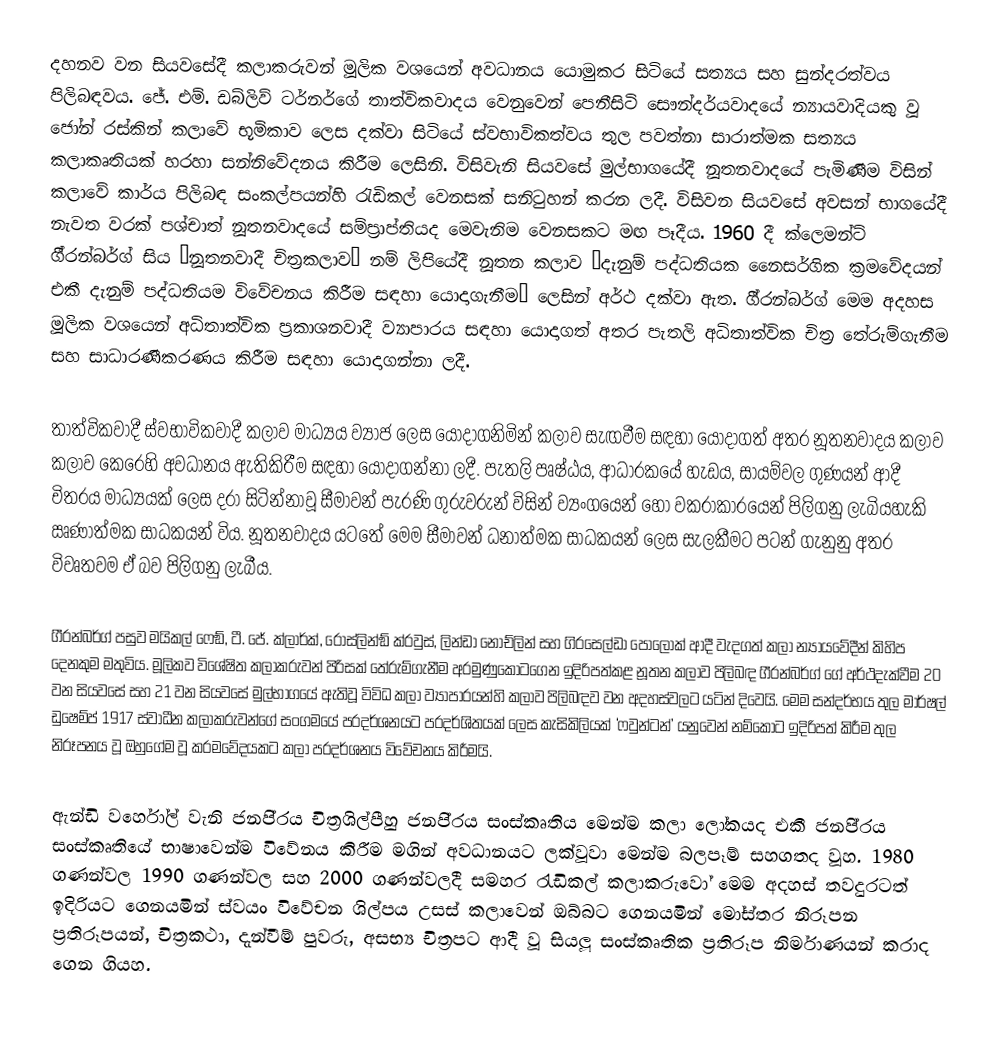
දහනව වන සියවසේදී කලාකරුවන් මූලික වශයෙන් අවධානය යොමුකර සිටියේ සත්‍යය සහ සුන්දරත්වය පිලිබඳවය. ජේ. එම්. ඩබ්ලිව් ටර්නර්ගේ තාත්විකවාදය වෙනුවෙන් පෙනීසිටි සෞන්දර්යවාදයේ න්‍යායවාදියකු වූ ජෝන් රස්කින් කලාවේ භූමිකාව ලෙස දක්වා සිටියේ ස්වභාවිකත්වය තුල පවත්නා සාරාත්මක සත්‍යය කලාකෘතියක් හරහා සන්නිවේදනය කිරීම ලෙසිනි. විසිවැනි සියවසේ මුල්භාගයේදී නූතනවාදයේ පැමිණීම විසින් කලාවේ කාර්ය පිලිබඳ සංකල්පයන්හි රැඩිකල් වෙනසක් සනිටුහන් කරන ලදී. විසිවන සියවසේ අවසන් භාගයේදී නැවත වරක් පශ්චාත් නූතනවාදයේ සම්ප‍්‍රාප්තියද මෙවැනිම වෙනසකට මඟ පෑදීය. 1960 දී ක්ලෙමන්ට් ගී‍්‍රන්බර්ග් සිය ‘නූතනවාදී චිත‍්‍රකලාව’ නම් ලිපියේදී නූතන කලාව ‘දැනුම් පද්ධතියක නෛසර්ගික ක‍්‍රමවේදයන් එකී දැනුම් පද්ධතියම විවේචනය කිරීම සඳහා යොදාගැනීම’ ලෙසින් අර්ථ දක්වා ඇත. ගී‍්‍රන්බර්ග් මෙම අදහස මූලික වශයෙන් අධිතාත්වික ප‍්‍රකාශනවාදී ව්‍යාපාරය සඳහා යොදාගත් අතර පැතලි අධිතාත්වික චිත‍්‍ර තේරුම්ගැනීම සහ සාධාරණීකරණය කිරීම සඳහා යොදාගන්නා ලදී.

තාත්විකවාදී ස්වභාවිකවාදී කලාව මාධ්‍යය ව්‍යාජ ලෙස යොදාගනිමින් කලාව සැඟවීම සඳහා යොදාගත් අතර නූතනවාදය කලාව කලාව කෙරෙහි අවධානය ඇතිකිරීම සඳහා යොදාගන්නා ලදී. පැතලි පෘෂ්ඨය, ආධාරකයේ හැඩය, සායම්වල ගුණයන් ආදී චිත‍්‍රය මාධ්‍යයක් ලෙස දරා සිටින්නාවූ සීමාවන් පැරණි ගුරුවරුන් විසින් ව්‍යංගයෙන් හෝ වක‍්‍රාකාරයෙන් පිලිගනු ලැබියහැකි ඍණාත්මක සාධකයන් විය. නූතනවාදය යටතේ මෙම සීමාවන් ධනාත්මක සාධකයන් ලෙස සැලකීමට පටන් ගැනුනු අතර විවෘතවම ඒ බව පිලිගනු ලැබීය.

ගී‍්‍රන්බර්ග් පසුව මයිකල් ෆෙඞ්, ටී. ජේ. ක්ලාර්ක්, රොස්ලින්ඞ් ක්රවුස්, ලින්ඩා නොච්ලින් සහ ගි‍්‍රසෙල්ඩා පොලොක් ආදී වැදගත් කලා න්‍යායවේදීන් කිහිප දෙනකුම මතුවිය. මූලිකව විශේෂිත කලාකරුවන් පිරිසක් තේරුම්ගැනීම අරමුණුකොටගෙන ඉදිරිපත්කළ නූතන කලාව පිලිබඳ ගී‍්‍රන්බර්ග් ගේ අර්ථදැක්වීම 20 වන සියවසේ සහ 21 වන සියවසේ මුල්භාගයේ ඇතිවූ විවිධ කලා ව්‍යාපාරයන්හි කලාව පිලිබඳව වන අදහස්වලට යටින් දිවෙයි. මෙම සන්දර්භය තුල මාර්ෂල් ඩුෂෙම්ප් 1917 ස්වාධීන කලාකරුවන්ගේ සංගමයේ ප‍්‍රදර්ශනයට ප‍්‍රදර්ශිතයක් ලෙස කැසිකිලියක් ‘ෆවුන්ටන්’ යනුවෙන් නම්කොට ඉදිරිපත් කිරීම තුල නිරූපනය වූ ඔහුගේම වූ ක‍්‍රමවේදයකට කලා ප‍්‍රදර්ශනය විවේචනය කිරීමයි.

ඇන්ඩි වර්හෝල් වැනි ජනපි‍්‍රය චිත‍්‍රශිල්පීහු ජනපි‍්‍රය සංස්කෘතිය මෙන්ම කලා ලෝකයද එකී ජනපි‍්‍රය සංස්කෘතියේ භාෂාවෙන්ම විවේනය කිරීම මගින් අවධානයට ලක්වූවා මෙන්ම බලපෑම් සහගතද වූහ. 1980 ගණන්වල 1990 ගණන්වල සහ 2000 ගණන්වලදී සමහර රැඩිකල් කලාකරුවෝ මෙම අදහස් තවදුරටත් ඉදිරියට ගෙනයමින් ස්වයං විවේචන ශිල්පය උසස් කලාවෙන් ඔබ්බට ගෙනයමින් මෝස්තර නිරූපන ප‍්‍රතිරූපයන්, චිත‍්‍රකථා, දැන්වීම් පුවරු, අසභ්‍ය චිත‍්‍රපට ආදී වූ සියලූ සංස්කෘතික ප‍්‍රතිරූප නිර්මාණයන් කරාද ගෙන ගියහ.